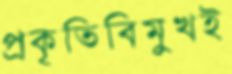
প্রকৃতিবিমুখই